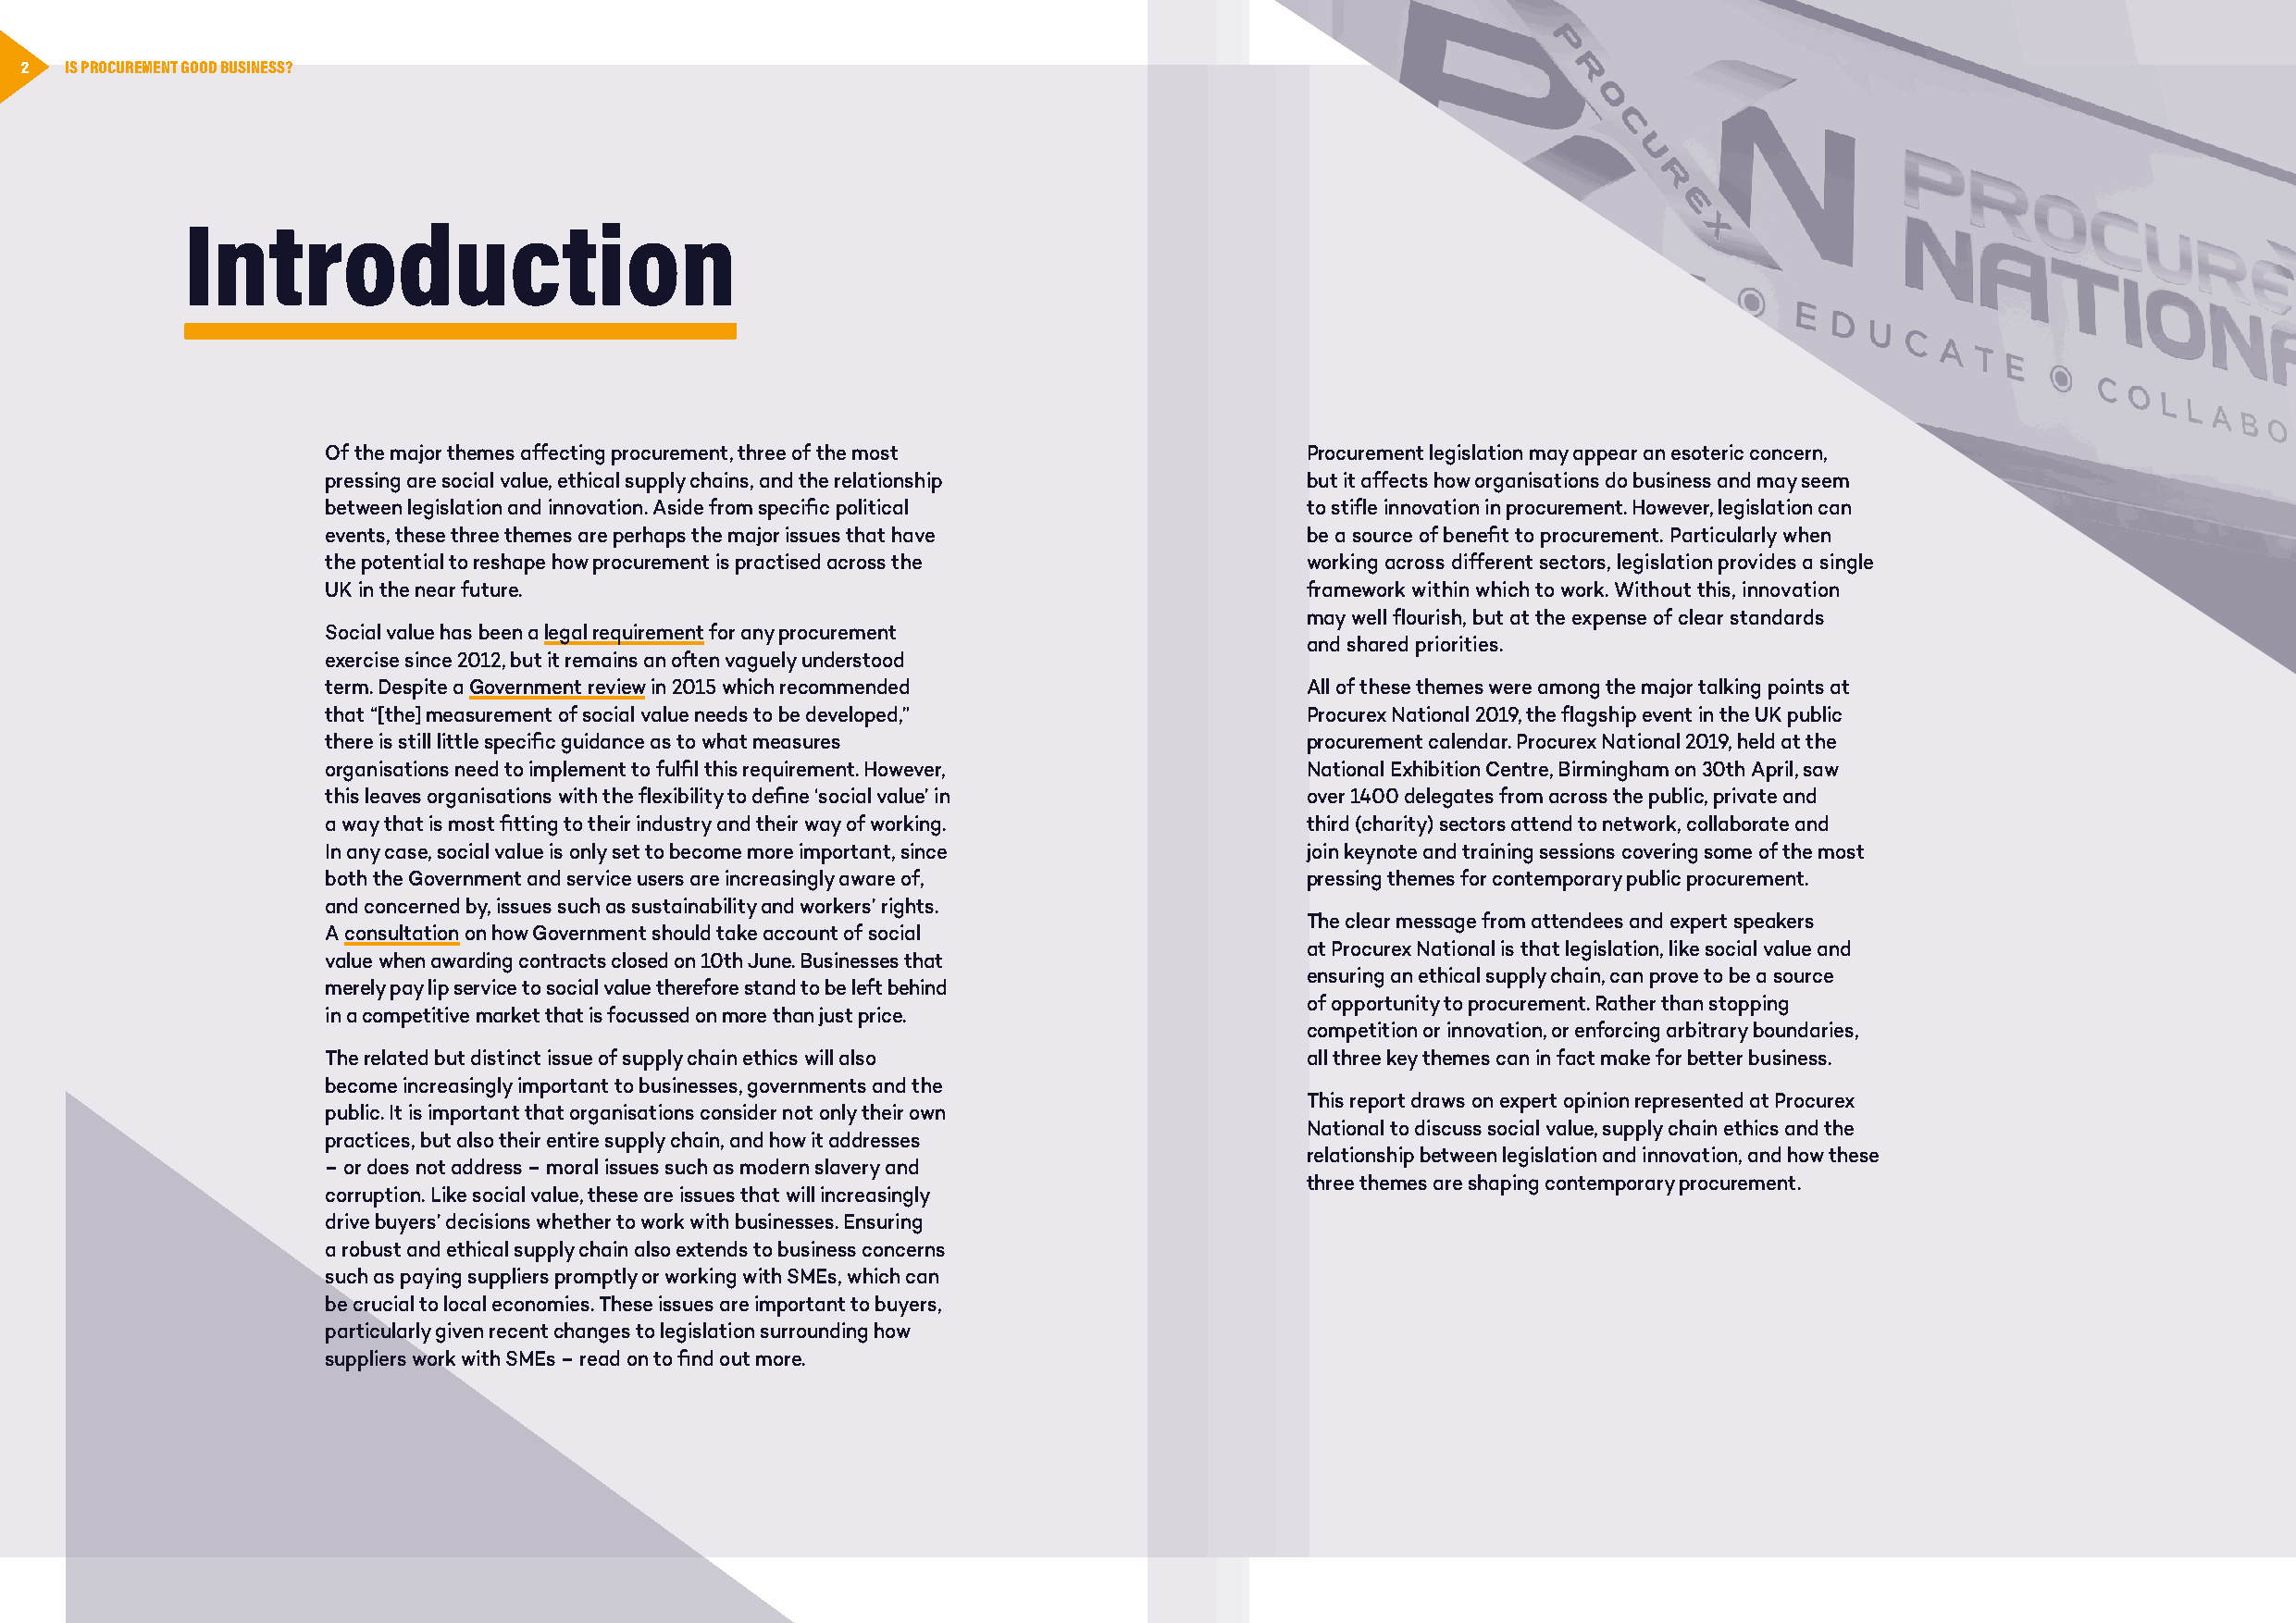
2  IS PROCUREMENT GOOD BUSINESS?
 Introduction
 Of the major themes affecting procurement, three of the most          Procurement legislation may appear an esoteric concern,
 pressing are social value, ethical supply chains, and the relationship but it affects how organisations do business and may seem
 between legislation and innovation. Aside from specific political     to stifle innovation in procurement. However, legislation can
 events, these three themes are perhaps the major issues that have     be a source of benefit to procurement. Particularly when
 the potential to reshape how procurement is practised across the      working across different sectors, legislation provides a single
 UK in the near future.                                                framework within which to work. Without this, innovation
 may well flourish, but at the expense of clear standards
 Social value has been a legal requirement for any procurement
 and shared priorities.
 exercise since 2012, but it remains an often vaguely understood
 term. Despite a Government review in 2015 which recommended           All of these themes were among the major talking points at
 that “[the] measurement of social value needs to be developed,”       Procurex National 2019, the flagship event in the UK public
 there is still little specific guidance as to what measures           procurement calendar. Procurex National 2019, held at the
 organisations need to implement to fulfil this requirement. However,  National Exhibition Centre, Birmingham on 30th April, saw
 this leaves organisations with the flexibility to define ‘social value’ in over 1400 delegates from across the public, private and
 a way that is most fitting to their industry and their way of working. third (charity) sectors attend to network, collaborate and
 In any case, social value is only set to become more important, since join keynote and training sessions covering some of the most
 both the Government and service users are increasingly aware of,      pressing themes for contemporary public procurement.
 and concerned by, issues such as sustainability and workers’ rights.
 The clear message from attendees and expert speakers
 A consultation on how Government should take account of social
 at Procurex National is that legislation, like social value and
 value when awarding contracts closed on 10th June. Businesses that
 ensuring an ethical supply chain, can prove to be a source
 merely pay lip service to social value therefore stand to be left behind
 of opportunity to procurement. Rather than stopping
 in a competitive market that is focussed on more than just price.
 competition or innovation, or enforcing arbitrary boundaries,
 The related but distinct issue of supply chain ethics will also       all three key themes can in fact make for better business.
 become increasingly important to businesses, governments and the
 This report draws on expert opinion represented at Procurex
 public. It is important that organisations consider not only their own
 National to discuss social value, supply chain ethics and the
 practices, but also their entire supply chain, and how it addresses
 relationship between legislation and innovation, and how these
 – or does not address – moral issues such as modern slavery and
 three themes are shaping contemporary procurement.
 corruption. Like social value, these are issues that will increasingly
 drive buyers’ decisions whether to work with businesses. Ensuring
 a robust and ethical supply chain also extends to business concerns
 such as paying suppliers promptly or working with SMEs, which can
 be crucial to local economies. These issues are important to buyers,
 particularly given recent changes to legislation surrounding how
 suppliers work with SMEs – read on to find out more.